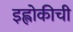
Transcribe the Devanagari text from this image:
इह्लोकीची